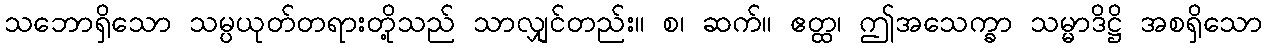
သဘောရှိသော သမ္ပယုတ်တရားတို့သည် သာလျှင်တည်း။ စ၊ ဆက်။ ဧတ္ထ၊ ဤအသေက္ခာ သမ္မာဒိဋ္ဌိ အစရှိသော